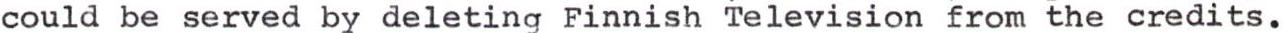
could be served by deleting Finnish Television from the credits.